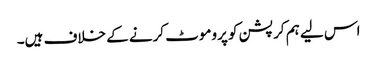
اس لیے ہم کرپشن کو پروموٹ کرنے کے خلاف ہیں۔